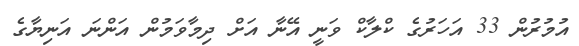
އުމުރުން 33 އަހަރުގެ ކްލާކް ވަނީ އޭނާ އަށް ދިމާވަމުން އަންނަ އަނިޔާގެ